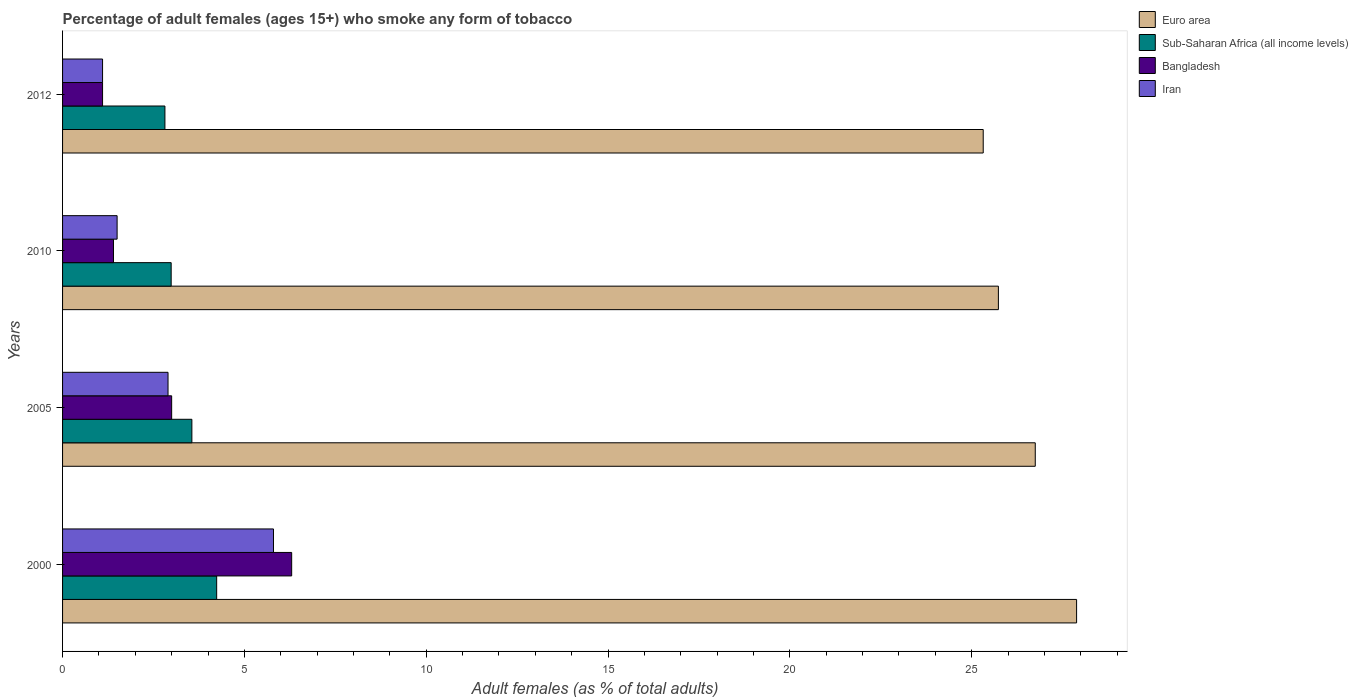
| Years | Euro area | Sub-Saharan Africa (all income levels) | Bangladesh | Iran |
 | --- | --- | --- | --- | --- |
 | 2000 | 27.9 | 4.24 | 6.3 | 5.8 |
 | 2005 | 26.7 | 3.56 | 3 | 2.9 |
 | 2010 | 25.7 | 2.99 | 1.4 | 1.5 |
 | 2012 | 25.3 | 2.81 | 1.1 | 1.1 |